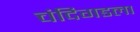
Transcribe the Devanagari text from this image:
चंदिगडला